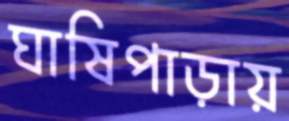
ঘাষিপাড়ায়